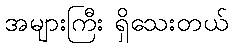
အများကြီး ရှိသေးတယ်